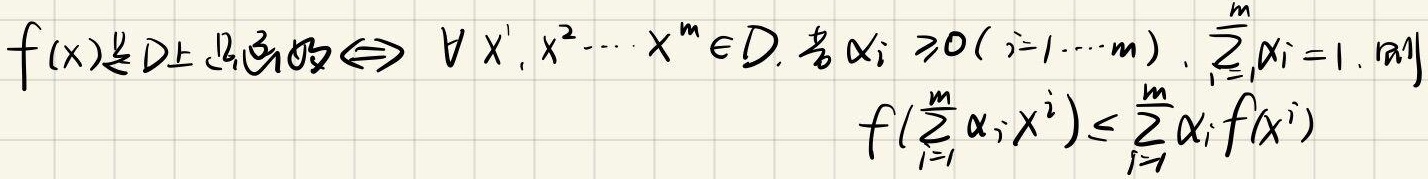
\[
f(x)\text{是}D\text{上凸函数}\Leftrightarrow \forall x^1,x^2,\cdots,x^m\in D,\text{若}\alpha_i\geq0(i = 1,\cdots,m),\sum_{i = 1}^{m}\alpha_i = 1,\text{则}f\left(\sum_{i = 1}^{m}\alpha_ix^i\right)\leq\sum_{i = 1}^{m}\alpha_if(x^i)
\]